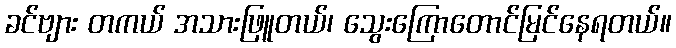
ခင်ဗျား တကယ် အသားဖြူတယ်၊ သွေးကြောတောင်မြင်နေရတယ်။